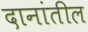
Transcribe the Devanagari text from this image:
दानांतील